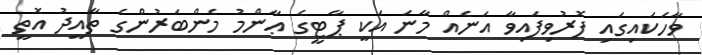
ވާހަކައިގައި ފޮރުވިފައިވާ އަނެއް މާނަ އަކީ ޕާޓީގެ ޢާންމު މެންބަރުންގެ ތާއީދު އޮތީ